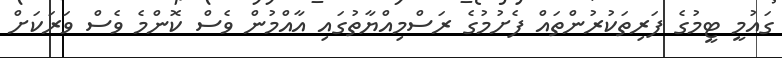
ގައުމީ ޓީމުގެ ފަރިތަކުރުންތައް ފެށުމުގެ ރަސްމިއްޔާތުގައި އާއްމުން ވެސް ކޮންމެ ވެސް ވަރަކަށް